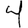
Digit: 4